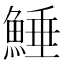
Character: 𩸫